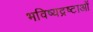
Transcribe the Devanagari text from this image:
भविष्यद्रष्टाओं